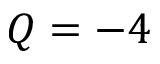
Q = - 4